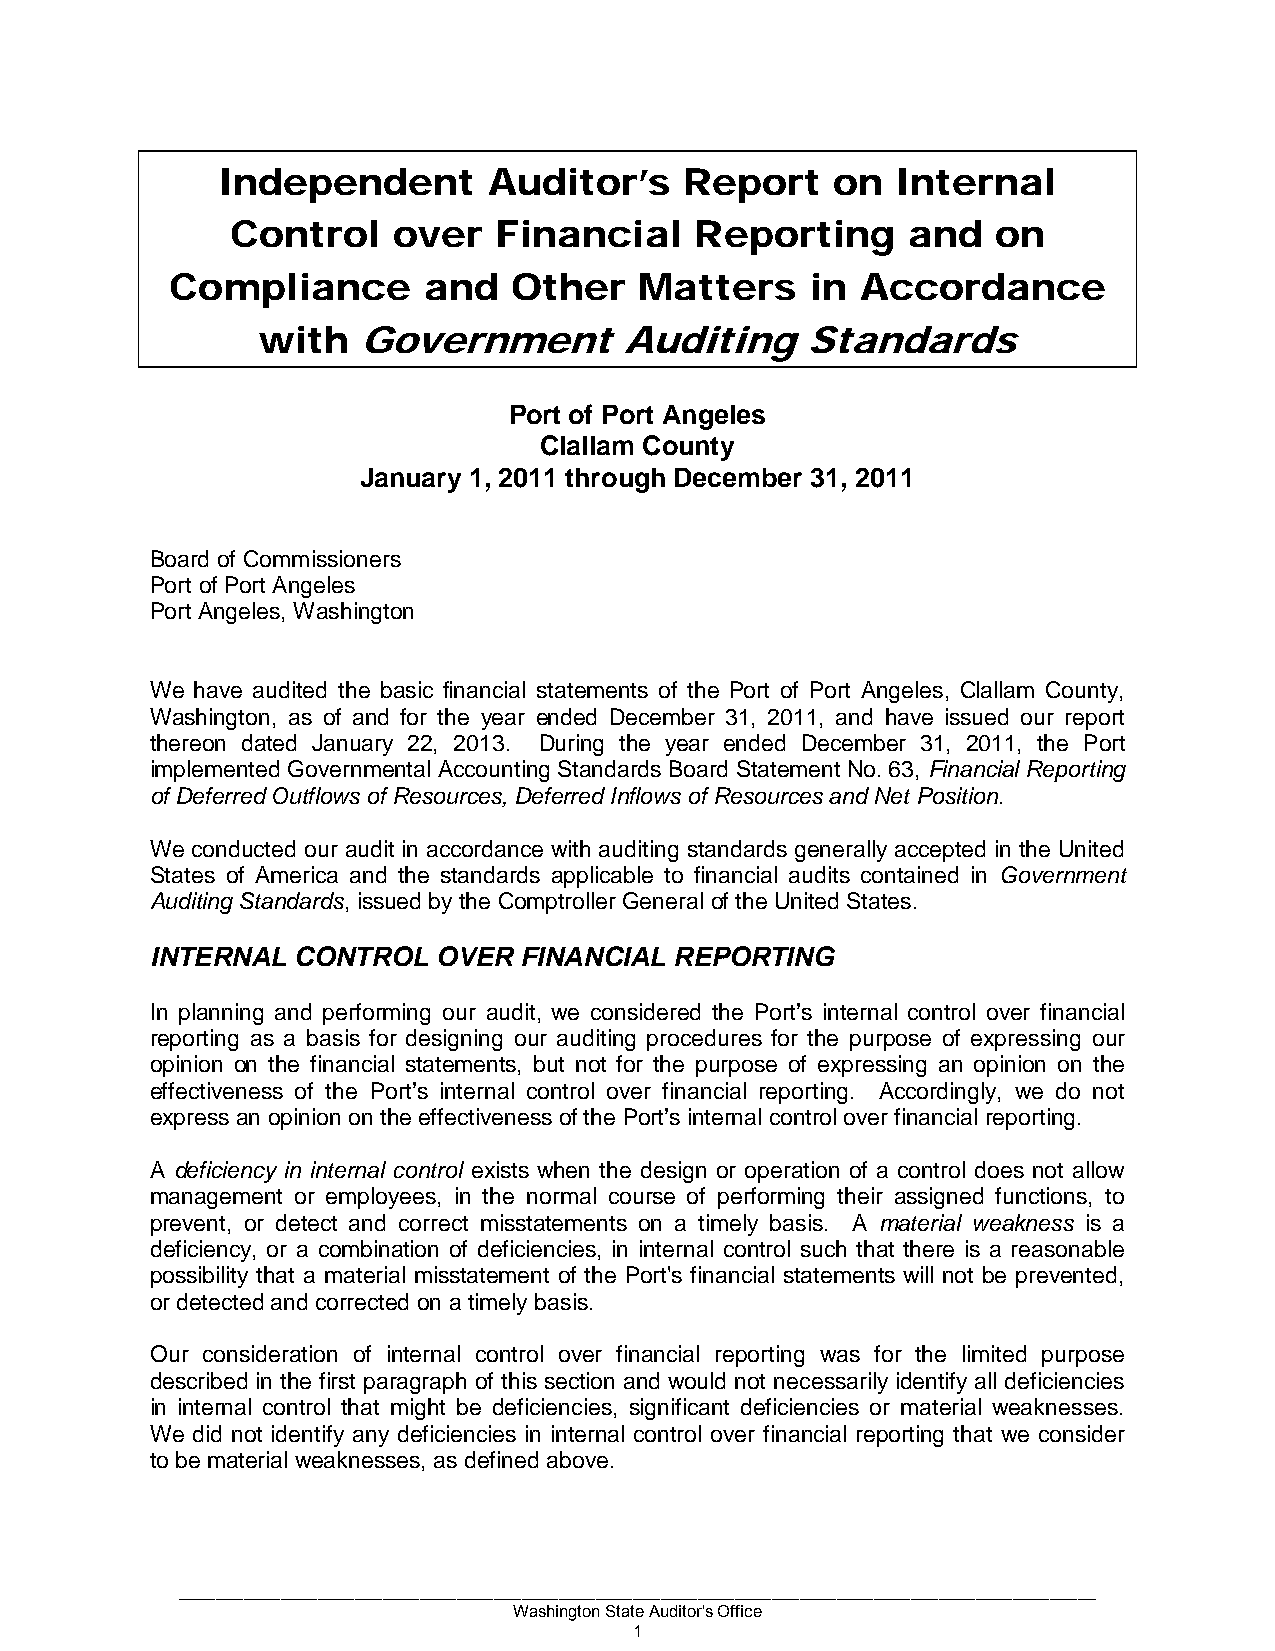
Independent       Auditor’s    Report    on  Internal
 Control    over   Financial    Reporting     and   on
 Compliance       and   Other   Matters     in Accordance
 with   Government       Auditing    Standards
 Port of Port Angeles
 Clallam County
 January 1, 2011 through December 31, 2011
 Board of Commissioners
 Port of Port Angeles
 Port Angeles, Washington
 We have audited the basic financial statements of the Port of Port Angeles, Clallam County,
 Washington, as of and for the year ended December 31, 2011, and have issued our report
 thereon dated January 22, 2013. During the year ended December 31, 2011, the Port
 implemented Governmental Accounting Standards Board Statement No. 63, Financial Reporting
 of Deferred Outflows of Resources, Deferred Inflows of Resources and Net Position.
 We conducted our audit in accordance with auditing standards generally accepted in the United
 States of America and the standards applicable to financial audits contained in Government
 Auditing Standards, issued by the Comptroller General of the United States.
 INTERNAL CONTROL   OVER FINANCIAL  REPORTING
 In planning and performing our audit, we considered the Port’s internal control over financial
 reporting as a basis for designing our auditing procedures for the purpose of expressing our
 opinion on the financial statements, but not for the purpose of expressing an opinion on the
 effectiveness of the Port’s internal control over financial reporting. Accordingly, we do not
 express an opinion on the effectiveness of the Port’s internal control over financial reporting.
 A deficiency in internal control exists when the design or operation of a control does not allow
 management or employees, in the normal course of performing their assigned functions, to
 prevent, or detect and correct misstatements on a timely basis. A material weakness is a
 deficiency, or a combination of deficiencies, in internal control such that there is a reasonable
 possibility that a material misstatement of the Port's financial statements will not be prevented,
 or detected and corrected on a timely basis.
 Our consideration of internal control over financial reporting was for the limited purpose
 described in the first paragraph of this section and would not necessarily identify all deficiencies
 in internal control that might be deficiencies, significant deficiencies or material weaknesses.
 We did not identify any deficiencies in internal control over financial reporting that we consider
 to be material weaknesses, as defined above.
 ___________________________________________________________________________________________________
 Washington State Auditor's Office
 1